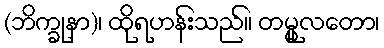
(ဘိက္ခုနာ)၊ ထိုရဟန်းသည်။ တမ္မူလတော၊